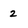
Character: 2